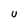
Character: U